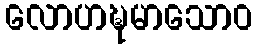
လောဟဍ္ဎမာသောဝ